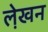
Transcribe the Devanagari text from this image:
ले़खन